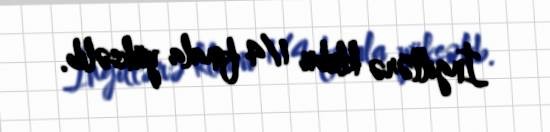
İngiltərə klubu 1/4 finala yüksəlib.